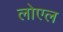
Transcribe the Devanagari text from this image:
लोएल